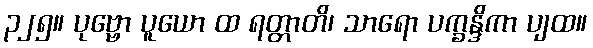
၃၂၅။ ပုဗ္ဗော ပူယော ထ ရတ္တာတိ၊ သာရော ပက္ခန္ဒိကာ ပျထ။